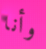
وأنا